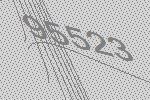
95523